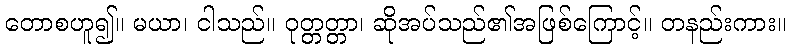
တောစဟူ၍။ မယာ၊ ငါသည်။ ဝုတ္တတ္တာ၊ ဆိုအပ်သည်၏အဖြစ်ကြောင့်။ တနည်းကား။